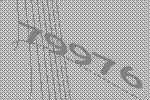
79976